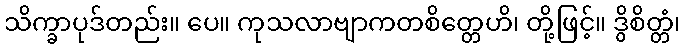
သိက္ခာပုဒ်တည်း။ ပေ။ ကုသလာဗျာကတစိတ္တေဟိ၊ တို့ဖြင့်။ ဒွိစိတ္တံ၊